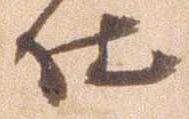
仕